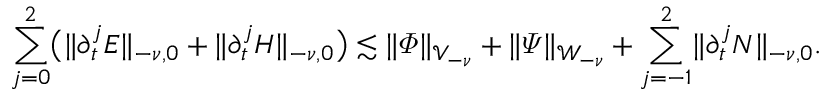
\sum _ { j = 0 } ^ { 2 } \bigl ( \lVert \partial _ { t } ^ { j } E \rVert _ { - \nu , 0 } + \lVert \partial _ { t } ^ { j } H \rVert _ { - \nu , 0 } \bigr ) \lesssim \lVert \varPhi \rVert _ { \mathcal { V } _ { - \nu } } + \lVert \varPsi \rVert _ { \mathcal { W } _ { - \nu } } + \sum _ { j = - 1 } ^ { 2 } \lVert \partial _ { t } ^ { j } N \rVert _ { - \nu , 0 } .